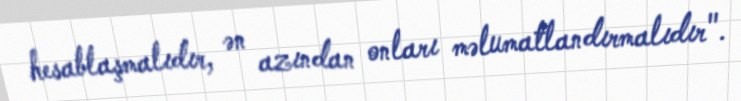
hesablaşmalıdır, ən azından onları məlumatlandırmalıdır".